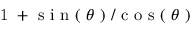
\mathrm { ~ 1 ~ + ~ s ~ i ~ n ~ ( ~ } \theta \mathrm { ~ ) ~ / ~ c ~ o ~ s ~ ( ~ } \theta \mathrm { ~ ) ~ }